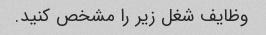
وظایف شغل زیر را مشخص کنید.